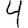
Digit: 4